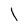
Character: l